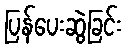
ပြန်ပေးဆွဲခြင်း